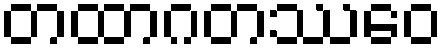
တထာဂတဿေဝ